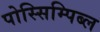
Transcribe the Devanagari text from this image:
पोस्सिम्पिब्ल